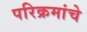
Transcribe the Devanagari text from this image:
परिक्रमांचे